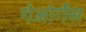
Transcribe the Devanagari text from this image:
गेओर्गेस